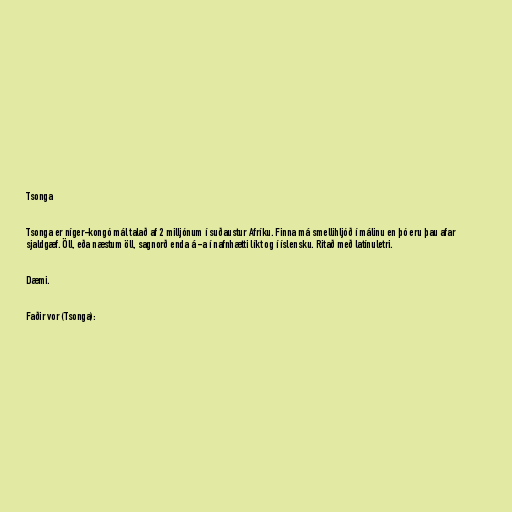
Tsonga

Tsonga er níger-kongó mál talað af 2 milljónum í suðaustur Afríku. Finna má smellihljóð í málinu en þó eru þau afar
sjaldgæf. Öll, eða næstum öll, sagnorð enda á -a í nafnhætti líkt og í íslensku. Ritað með latínuletri.

Dæmi.

Faðir vor (Tsonga):